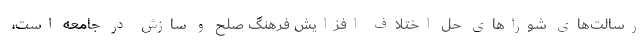
رسالت‌های شوراهای حل اختلاف افزایش فرهنگ صلح و سازش در جامعه است،